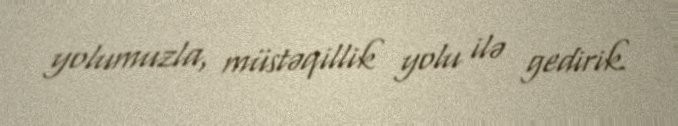
yolumuzla, müstəqillik yolu ilə gedirik.